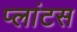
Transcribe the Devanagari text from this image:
प्लांटस